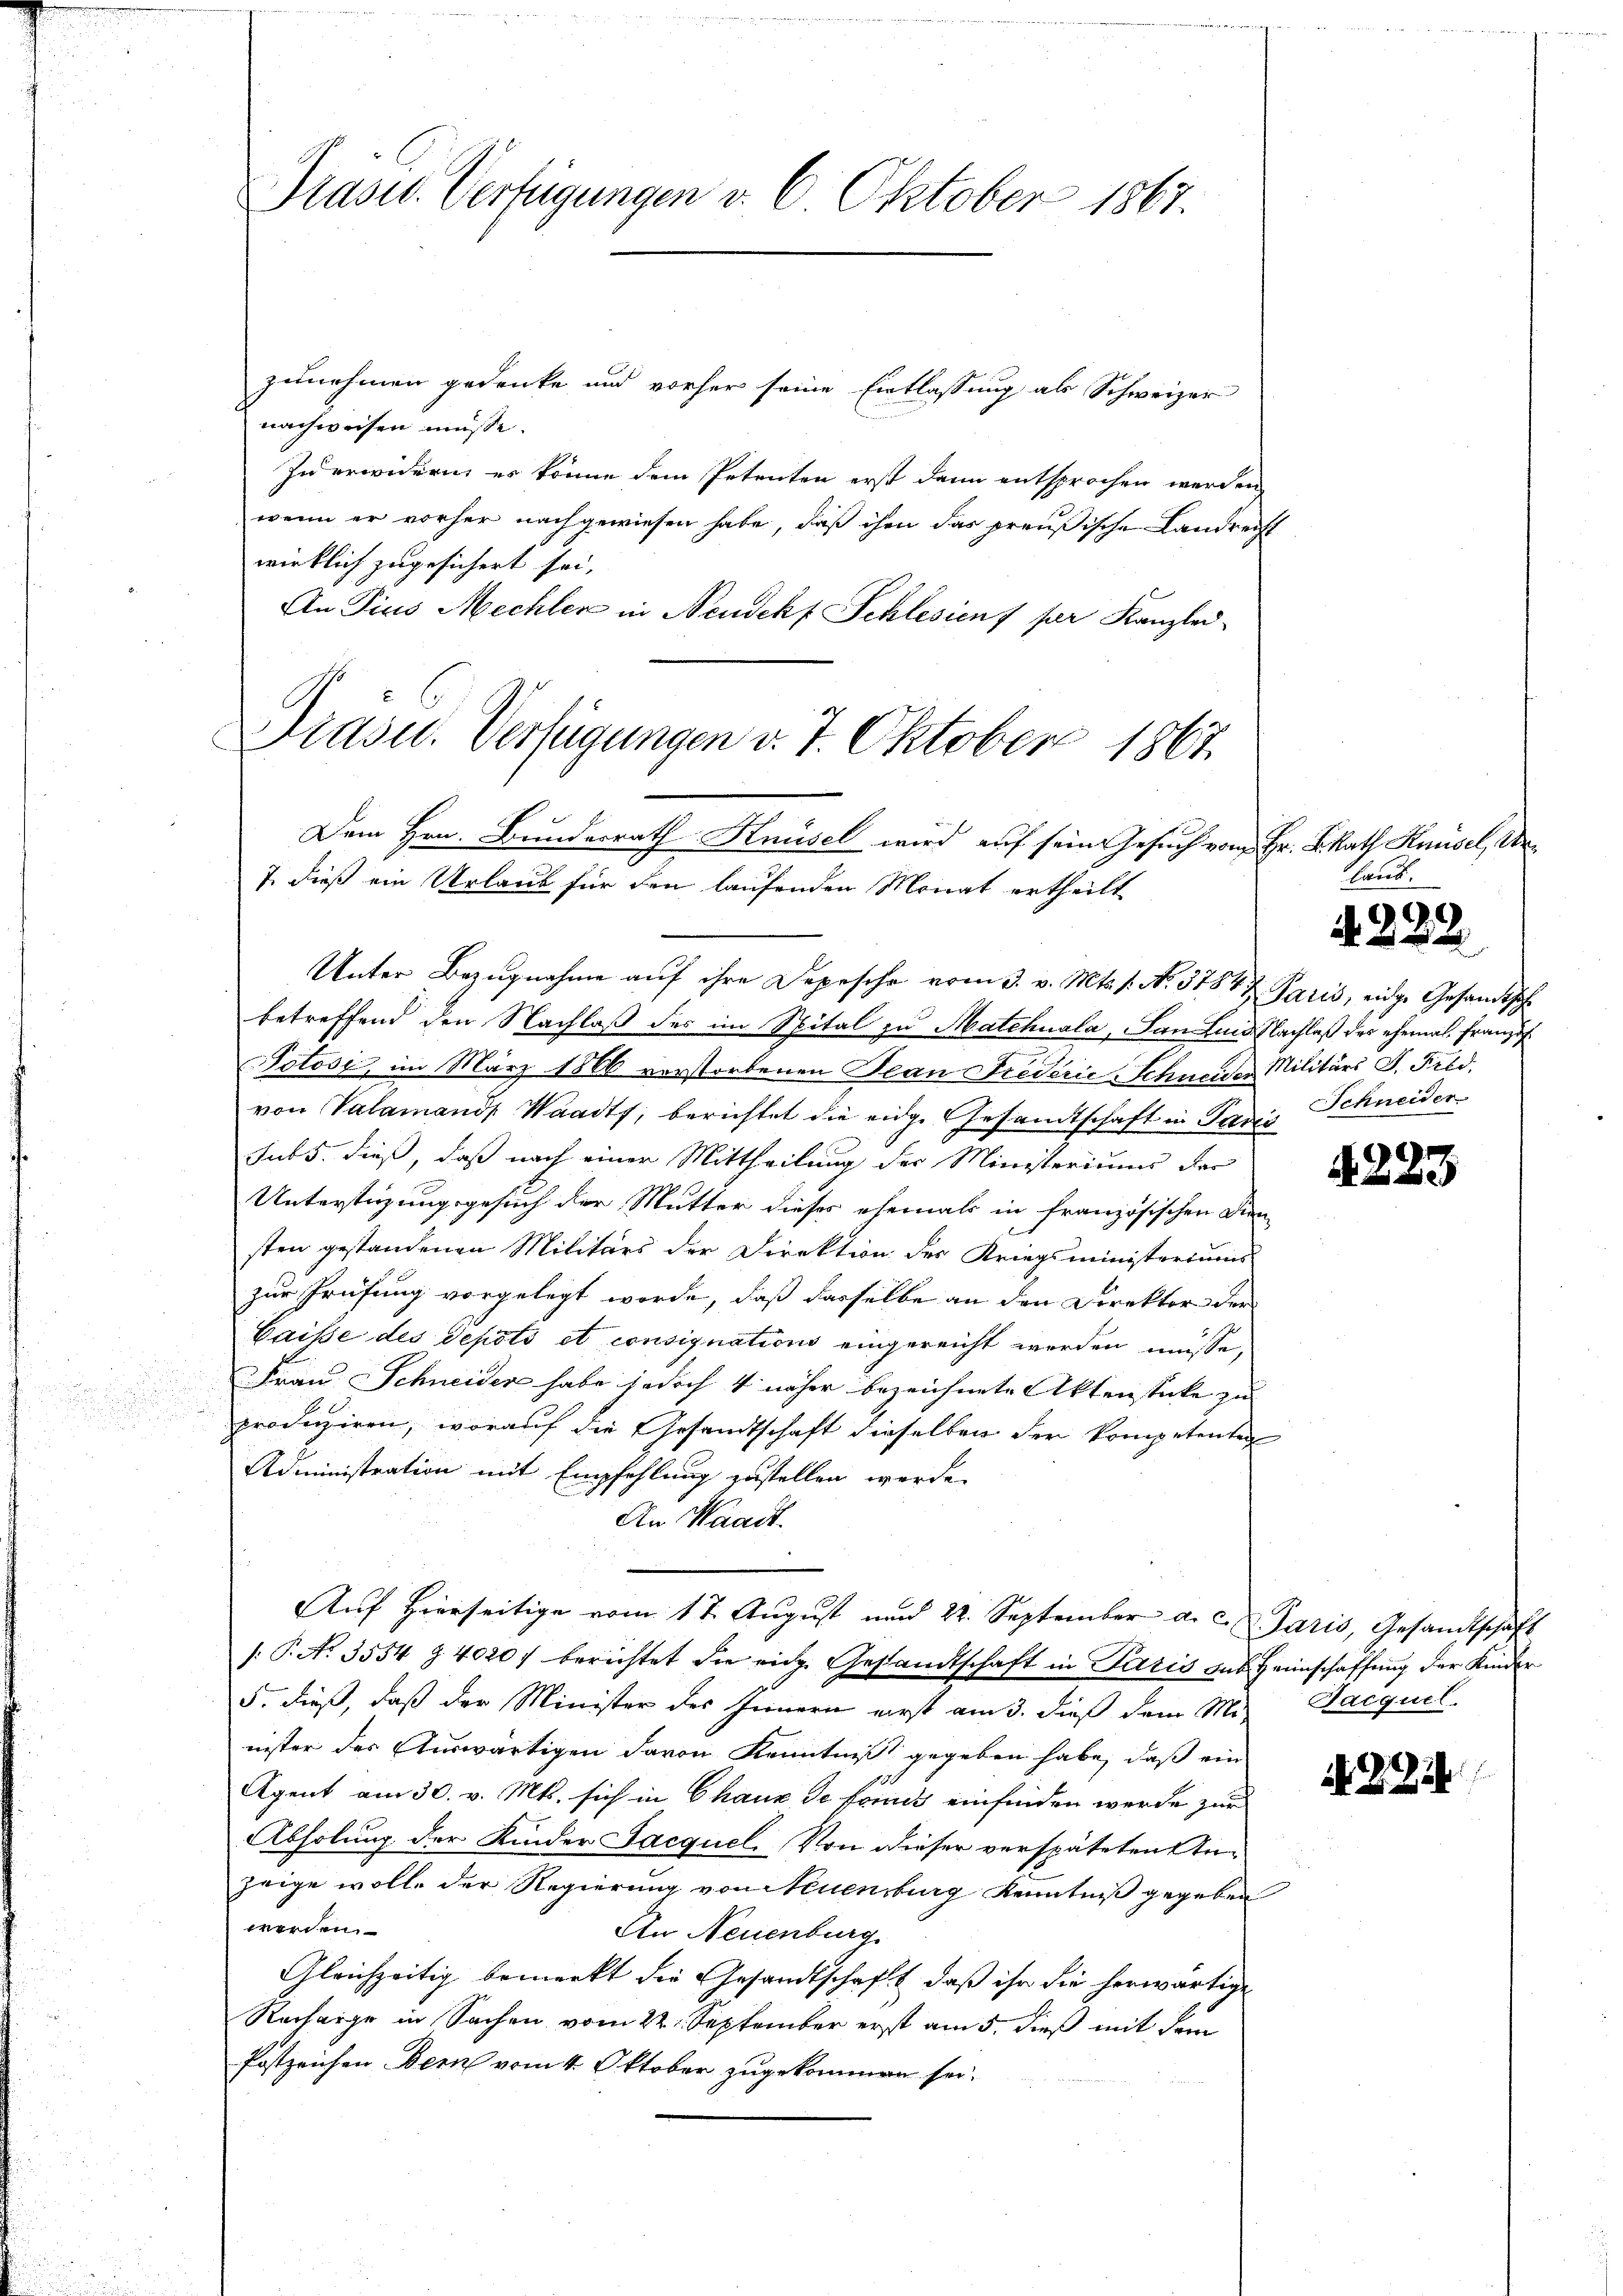
Präsid. Verfügungen v. 6. Oktober 1867.

zunehmen gedenke und vorher seine Entlassung als Schweizer
nachweisen müsse.
In erwidern, es könne dem Petenten erst dann entsprochen werden
wenn er vorher nachgewiesen habe, daß ihm das preußische Landrecht
wirklich zugesichert sei,
An Pius Mechler in Neudekf Schlesien per Kanzlei-
Unter Bezugnahme auf ihre Depesche vom 3. v. Mts. s. No. 31847 Paris, eidge Gesandtsche
betreffend den Nachlaß des im Spital zu Matchnala, San Lund Nachlaß der ehemal franzis
Potosi, im März 1866 verstorbenen Jean Frederie Schneides Militärs P. Frld.
von Valamand Waadt, berichtet die eidge Gesandtschaft in Pari
subs. dieß, daß nach einer Mittheilung der Ministeriums der
Unterstüzungsgesuch der Mutter dieses ehemals in französischen Dien-
sten gestandenen Militärs der Direktion des Kriegsministeriums
zur Prüfung vorgelegt worde, daß dasselbe an den Direktor der
Caisse des Depots et consignations eingereicht worden müsse,
Frau Schneider habe jedoch 4 näher bezeichnete Aktenstücke zu
produziren, worauf die Gesandtschaft dieselben der kompetenten
Administration mit Empfehlung zustellen werde.
An Waadt.
Auf hierseitige vom 17. August und 22. September a. c. Paris, Gesandtschaft
/: P. No. 3554 § 4020 f berichtet die eidg. Gestandtschaft in Paris sub. Heimschaffung der Kinder
5. dieß, daß der Minister des Innern erst am 3. dieß dem Mi
nister des Auswärtigen davon Kenntniß gegeben habe, daß ein
Agent am 30. v. Mts. sich in Chaux de fonis einfinden werde zur
Abholung der Kinder Jacquel. Von dieser verspäteten Anzeige wolle der Regierung von Neuenburg Kenntniß gegeben
werden.
An Neuenburg
Gleichzeitig bemerkt die Gesandtschaft, daß ihr die herwärtige
Recharge in Sachen vom 22. September erst am 5. dieß mit dem
Postzeichen Bern vom 4. Oktober zugekommen sei.

Drasu. Verfügungen v. 7. Oktober 1867.
Dem Hrn. Bundesrath Knüsel wird auf sein Gesuch von Hr. K. Rath Kaisel, Ur¬
7. dieß ein Urlaub für den laufenden Monat ertheilt

laub.

4. 229.
Schneider

r

Sacquel

N. Z. 214